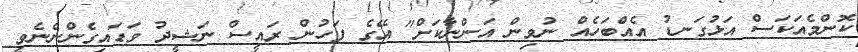
ކޮންމެއަކަސް އަޅުގަނޑު އެއްބަހެއް ނުވިން އަންނާކަށް" އޭގެ ފަހުން ރައީސް ނަޝީދު ވަޑައިގެންނެނެވީ